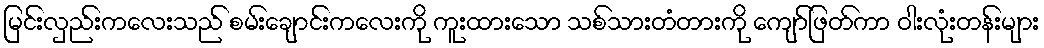
မြင်းလှည်းကလေးသည် စမ်းချောင်းကလေးကို ကူးထားသော သစ်သားတံတားကို ကျော်ဖြတ်ကာ ဝါးလုံးတန်းများ